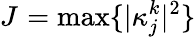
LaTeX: {{J}_{{}}}=\operatorname*{max}\{ |\kappa_{j}^{k}{{|}^{2}}\}